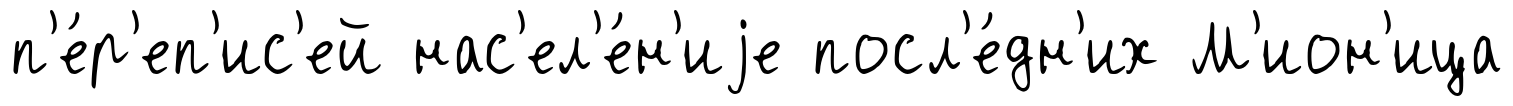
п'е́р'еп'ис'ей нас'ел'е́н'иjе посл'е́дн'их М'ион'ица